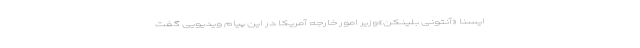
ایسنا «آنتونی بلینکن»وزیر امور خارجه آمریکا در این پیام ویدیویی گفت